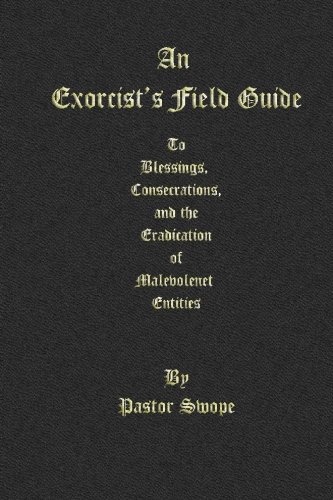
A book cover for An Exorcist's Field Guide: to Blessings, Consecrations and the Banishment of Malevolant Entities; Pastor Swope; Religion & Spirituality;